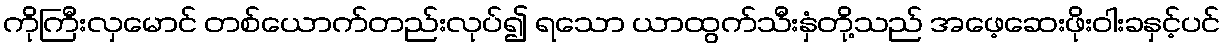
ကိုကြီးလှမောင် တစ်ယောက်တည်းလုပ်၍ ရသော ယာထွက်သီးနှံတို့သည် အဖေ့ဆေးဖိုးဝါးခနှင့်ပင်